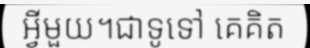
អ្វីមួយ។ជាទូទៅ គេគិត